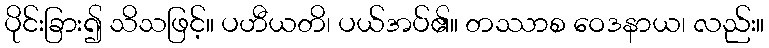
ပိုင်းခြား၍ သိသဖြင့်။ ပဟီယတိ၊ ပယ်အပ်၏။ တဿာစ ဝေဒနာယ၊ လည်း။